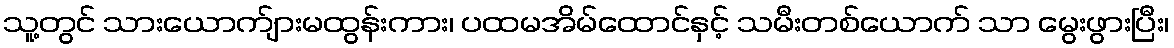
သူ့တွင် သားယောက်ျားမထွန်းကား၊ ပထမအိမ်ထောင်နှင့် သမီးတစ်ယောက် သာ မွေးဖွားပြီး၊